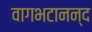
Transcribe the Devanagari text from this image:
वागभटानन्द